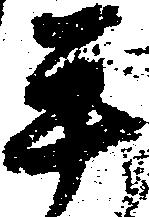
平